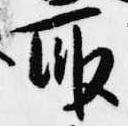
取